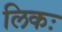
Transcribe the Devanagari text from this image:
लिकः